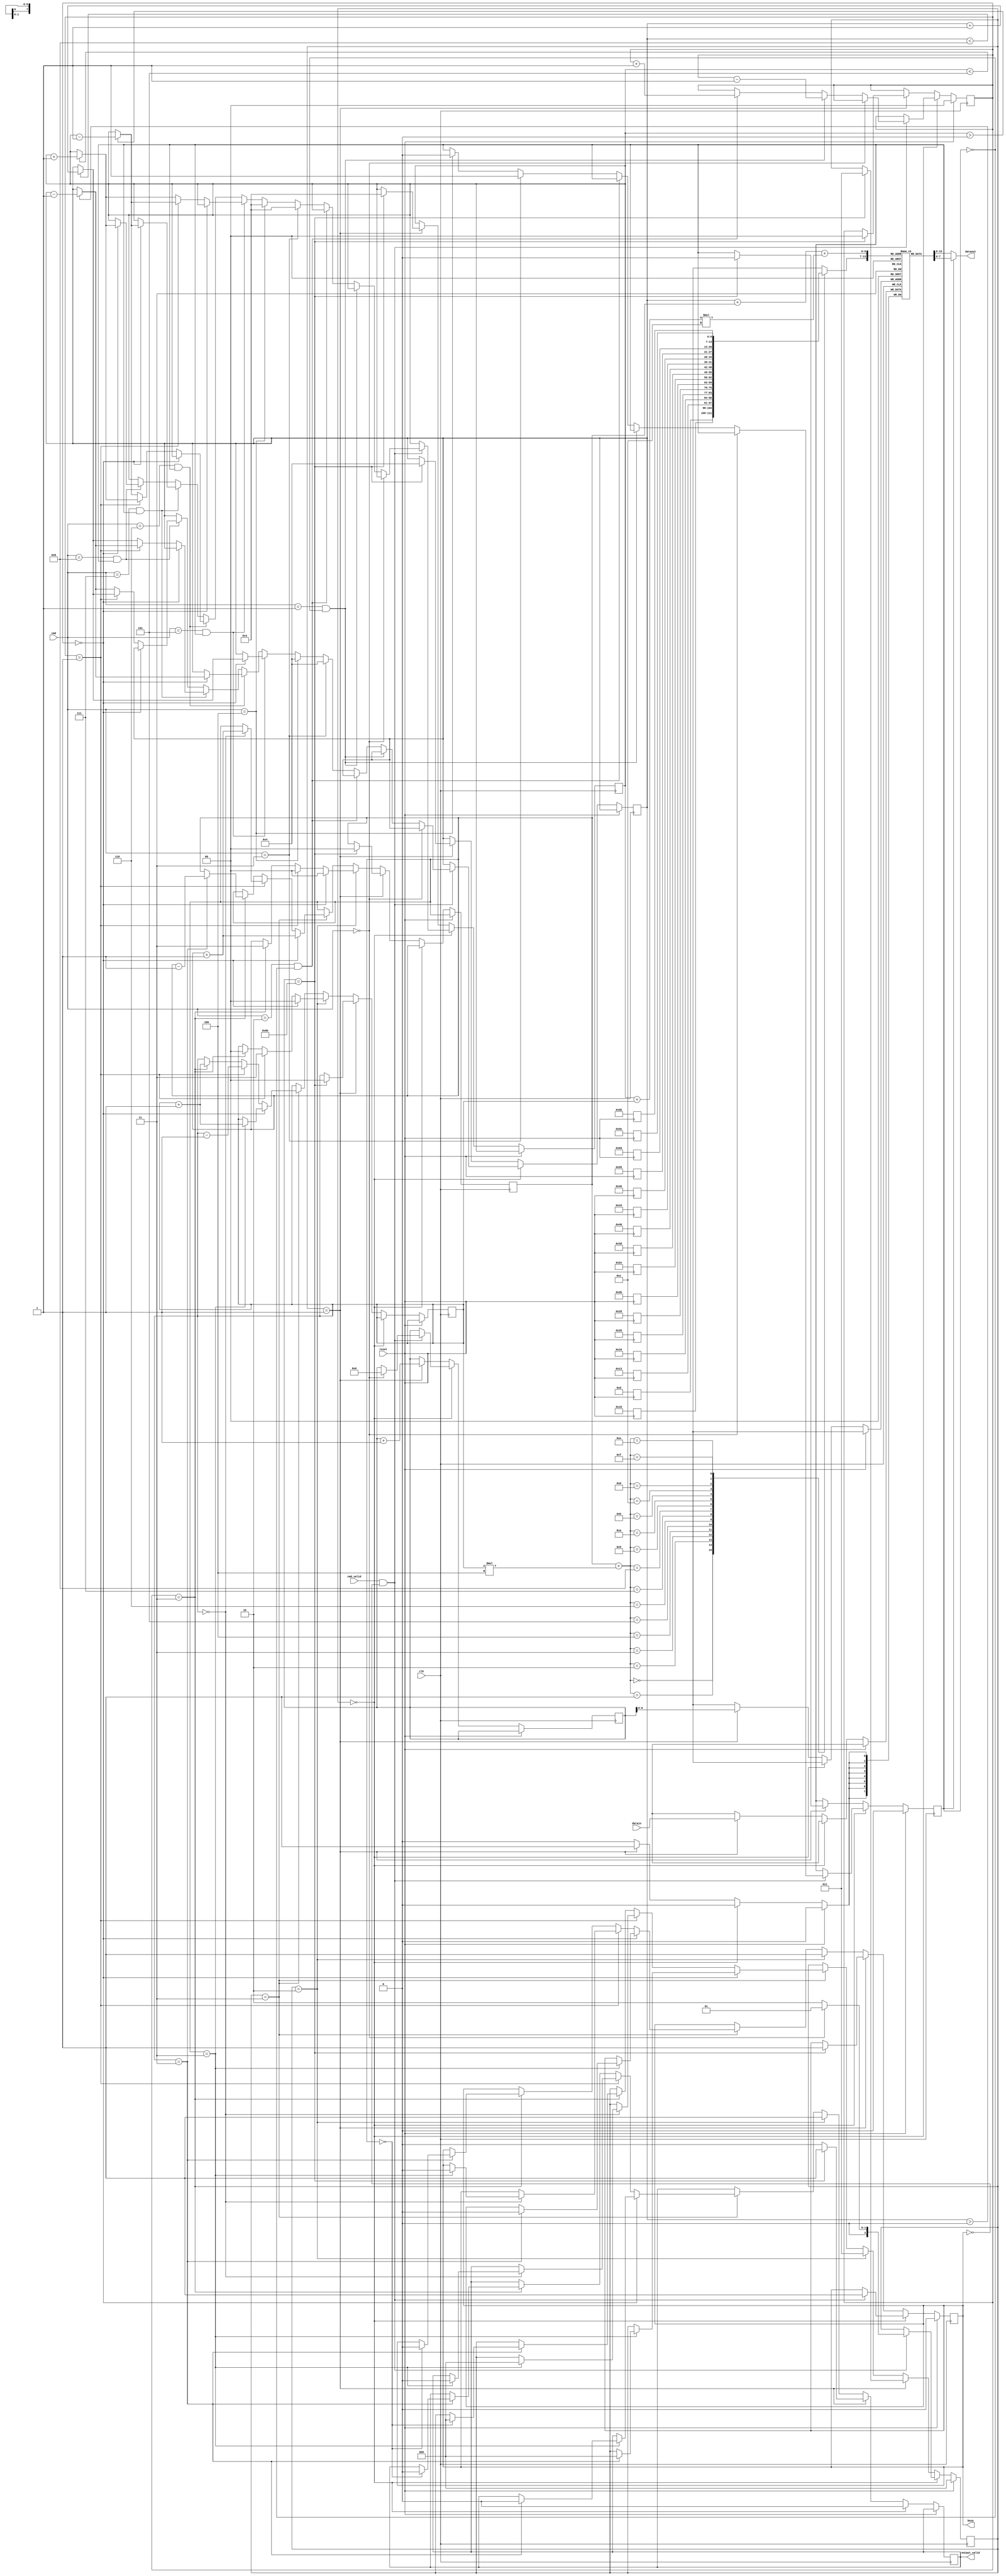
module LCD_CTRL(clk,
                reset,
                datain,
                cmd,
                cmd_valid,
                dataout,
                output_valid,
                busy);
    input           clk;
    input           reset;
    input   [7:0]   datain;
    input   [3:0]   cmd;
    input           cmd_valid;
    output  [7:0]   dataout;
    output  reg        output_valid;
    output  reg        busy;
    reg [10:0]output_count;
    reg [2:0] state; //4 states for "idle", "load", "prepare display", "display"
    reg zoom; //0 for fit 1 for zoom in
    reg [7:0] img_buf[107:0];
    reg [3:0] l,w;
    reg [7:0] fitIndex [15:0];
    reg [107:0] loadCount; //count of load 108 datain, from 0 to 107
    reg [1:0] offsetx,offsety;
    reg [1:0] rotate;
    //0 => no rotate    1 => rotate right   2 => rotate 180  3 => rotate left  
    wire [7:0] fitxy;
    wire  [7:0] zoomxy;
    
    assign dataout = (zoom == 0) ? img_buf[fitxy] : img_buf[zoomxy];
    assign fitxy   = fitIndex[offsetx + offsety*4];
    assign zoomxy  = l + offsetx + (w+offsety)*12;
    
    always @(negedge reset) begin
        fitIndex[0]  = 13;
        fitIndex[1]  = 16;
        fitIndex[2]  = 19;
        fitIndex[3]  = 22;
        fitIndex[4]  = 37;
        fitIndex[5]  = 40;
        fitIndex[6]  = 43;
        fitIndex[7]  = 46;
        fitIndex[8]  = 61;
        fitIndex[9]  = 64;
        fitIndex[10] = 67;
        fitIndex[11] = 70;
        fitIndex[12] = 85;
        fitIndex[13] = 88;
        fitIndex[14] = 91;
        fitIndex[15] = 94;
    end
    
    
    always @(posedge clk) begin
        if (reset)
        begin
            state  <= 0;
            zoom   <= 0;
            busy   <= 0;
            rotate <= 0;
            output_count <= 0;
        end
        else
        begin
            if (!state)
            begin
                output_valid <= 0;
                if (cmd_valid && !busy)
                begin
                    if (cmd == 4'd0)
                    begin
                        loadCount <= 0;
                        state     <= 1;
                        busy      <= 1;
                    end
                    else
                    begin
                        state <= 2;
                        busy  <= 1;
                        if(cmd == 4'd1 && zoom == 0) //rotate left
                            rotate <= rotate -1;
                        else if (cmd == 4'd2 && zoom == 0) //rotate right
                            rotate <= rotate +1;
                        else if(cmd == 4'd3) //zoom in mode
                        begin
                            zoom <= 1;
                            l <= 4;
                            w <= 3;
                        end
                        else if(cmd == 4'd4) //zoom fit mode
                        begin
                            zoom <= 0;
                            l <= 4;
                            w <= 3;
                        end
                        else if(cmd == 4'd5 && zoom == 1) //shift right
                        begin
                            if(rotate == 0)
                            begin
                                if(l < 8)
                                    l <= l + 1;
                            end
                            else if(rotate == 1) //shift right
                            begin
                                if(w > 0)
                                    w <= w - 1;
                            end
                            else
                            begin
                                if(w < 5)
                                    w <= w + 1;
                            end
                        end
                        else if(cmd == 4'd6 && zoom == 1) //shift left
                        begin
                            if(rotate == 0)
                            begin
                                if(l > 0)
                                    l <= l - 1;
                            end
                            else if(rotate == 1) 
                            begin
                                if(w < 5)
                                    w <= w + 1;
                            end
                            else
                            begin
                                if(w > 0)
                                    w <= w - 1;
                            end
                        end
                        else if(cmd == 4'd7 && zoom == 1) //shift up
                        begin
                            if(rotate == 0)
                            begin
                                if(w > 0)
                                    w <= w - 1;
                            end
                            else if(rotate == 1) 
                            begin
                                if(l > 0)
                                    l <= l - 1;
                            end
                            else
                            begin
                                if(l < 8)
                                    l <= l + 1;
                            end
                        end
                        else if(cmd == 4'd8 && zoom == 1) //shift down
                        begin
                            if(rotate == 0)
                            begin
                                if(w < 5)
                                    w <= w + 1;
                            end
                            else if(rotate == 1) 
                            begin
                                if(l < 8)
                                    l <= l + 1;
                            end
                            else
                            begin
                                if(l > 0)
                                    l <= l - 1;
                            end
                        end
                    end
                end
            end
            else if(state == 1)  //load data 108 data
            begin
                output_valid <= 0;
                if(loadCount == 107)
                begin
                    state <= 3;
                    busy <= 1;
                    output_valid <=1;
                    l   <=4;
                    w   <=3;
                    offsetx <= 0;
                    offsety <= 0;
                    zoom <= 0;
                    rotate <= 0;
                end
                img_buf[loadCount] <= datain;
                loadCount <= loadCount + 1;

            end
            else if(state == 2) //prepare to display 
            begin
                if(rotate == 0)
                begin
                    offsetx <= 0;
                    offsety <= 0;
                end
                else if(rotate == 1) //rotate right
                begin
                    offsetx <= 0;
                    offsety <= 3;
                end
                else if(rotate == 3)// rotate left
                begin
                    offsetx <= 3;
                    offsety <= 0;
                end
                output_valid <= 1;
                state <= 3;
                busy  <= 1;
            end
            else if(state == 3) //display 
            begin
                output_count <= output_count + 1;
                if(rotate == 0)
                begin
                    if(offsetx == 3)
                    begin
                        if(offsety == 3)
                        begin
                            state <= 0;
                            busy  <= 0;
                            output_valid <= 0;
                        end
                        offsety <= offsety + 1;
                    end
                    offsetx <= offsetx + 1;
                end
                else if(rotate == 1)//ro right
                begin
                    if(offsety == 0)
                    begin
                        if(offsetx == 3)
                        begin
                            state <= 0;
                            busy  <= 0;
                            output_valid <= 0;
                        end
                        offsetx <= offsetx + 1;
                    end
                    offsety <= offsety - 1;
                end
                else if(rotate == 3)//ro left 3 0
                begin
                    if(offsety == 3)
                    begin
                        if(offsetx == 0)
                        begin
                            state <= 0;
                            busy  <= 0;
                            output_valid <= 0;
                        end
                        offsetx <= offsetx - 1;
                    end
                    offsety <= offsety + 1;
                end
            end
        end
    end
endmodule